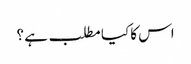
اس کا کیا مطلب ہے ؟